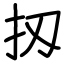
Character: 扨